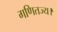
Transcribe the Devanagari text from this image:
गणितज्य।